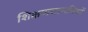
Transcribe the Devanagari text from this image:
शिक्षणसामग्रियों